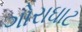
ગોરાઘાટ